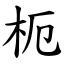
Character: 枙